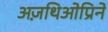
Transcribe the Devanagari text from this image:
अज़थिओप्रिने